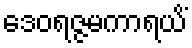
ဒေဝရဇ္ဇမကာရယိံ